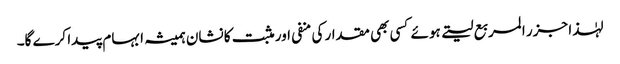
لہٰذا جزر المربع لیتے ہوئے کسی بھی مقدار کی منفی اور مثبت کا نشان ہمیشہ ابہام پیدا کرے گا۔